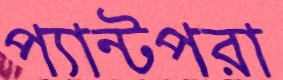
প্যান্টপরা